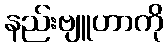
နည်းဗျူဟာကို